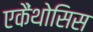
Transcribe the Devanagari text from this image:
एकैंथोसिस